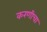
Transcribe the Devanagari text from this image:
करणीचा